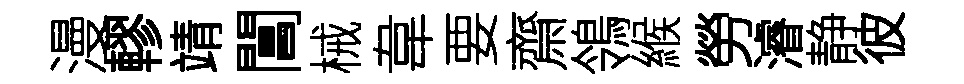
漫轇靖閶械韋要齋鴒緱勞濬静彼